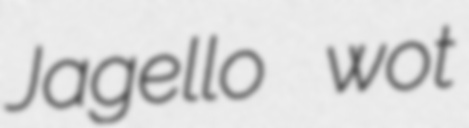
Jagello wot